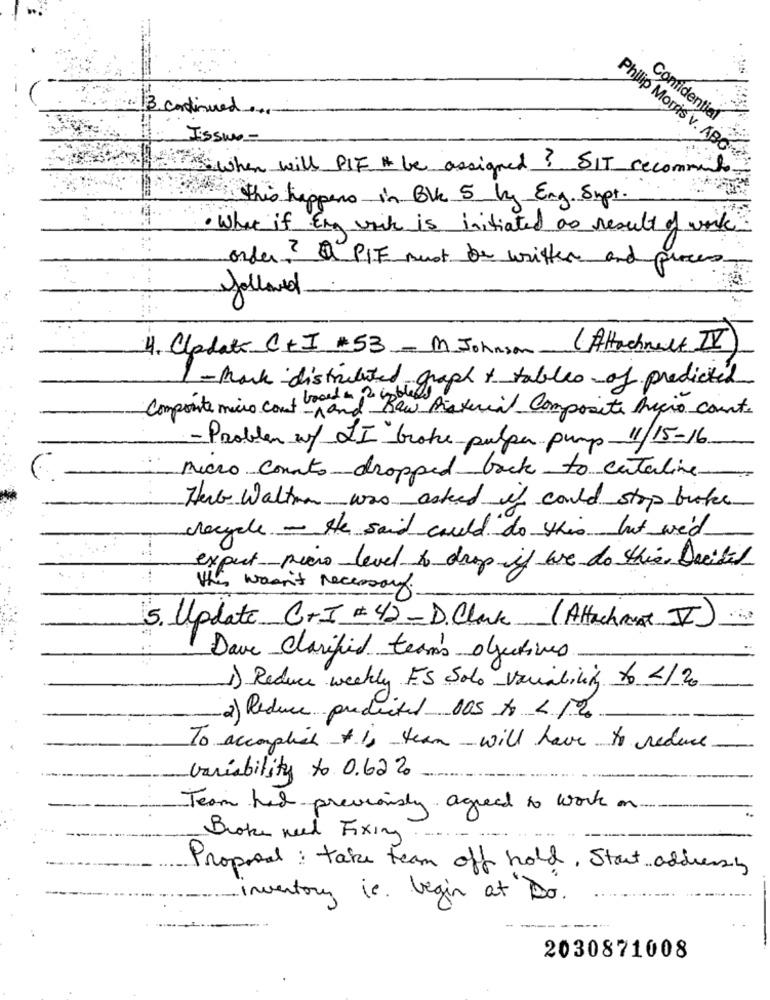
3. continued
Comidential
Issue-
Philip Morris v. ABC
when will PIF it be assigned ? SIT recommends
this happens in Blk 5 kg Eng Supt.
· What if Eng wik is initiated as result of work
order? a PIE must be written and proces
followed
( Attachment IV
4. Cladate_ C+I +53 -M Johnson-
Comporte micro cont brad pitt haph + tables of predicted
1 - mark - distributed gray
f -nand Raw Praxerial Composite Micro count.
- Problem wf LI broke pulpe pump 11/15-16
micro counto dropped back to cutaline
Herb Walton was asked if could stop broke
recycle - He said could do this but we'd
expect- peero level to drop if we do this. Decitil
the wasn't necessary.
5. Update C+I +42-D.Clark (Attachment II)
Dave Clarified team's objectives
1) Reduce weekly ES Solo suability to 2/20
2) Reduce predicted DOS to 2 10
To accomplish is team will have to reduce
variability to 0.62%
Team had previously agreed to work on
Broke need Fixing
Proposal: take team off hold, Start addressy
inventory is. begin at Do.
2030871008